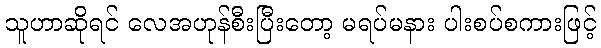
သူဟာဆိုရင် လေအဟုန်စီးပြီးတော့ မရပ်မနား ပါးစပ်စကားဖြင့်